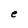
Character: e